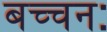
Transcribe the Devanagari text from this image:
बच्चनः